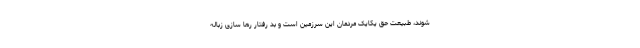
شوند، طبیعت حق یکایک مردمان این سرزمین است و بد رفتارِ رها سازی زباله